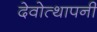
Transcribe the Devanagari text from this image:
देवोत्थापनी